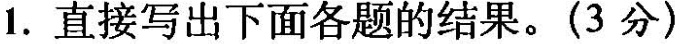
1.直接写出下面各题的结果。(3分)